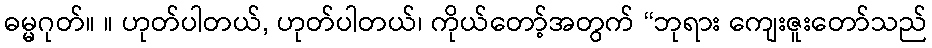
ဓမ္မဂုတ်။ ။ ဟုတ်ပါတယ်, ဟုတ်ပါတယ်၊ ကိုယ်တော့်အတွက် “ဘုရား ကျေးဇူးတော်သည်